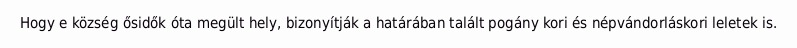
Hogy e község ősidők óta megült hely, bizonyítják a határában talált pogány kori és népvándorláskori leletek is.